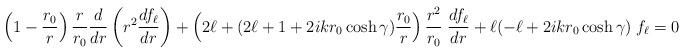
LaTeX: \begin{align*}\left( 1-{r_0\over r} \right) {r\over r_0} {d\over dr} \left( r^2 {df_\ell\over dr} \right)+ \left( 2\ell + (2\ell+1+2ikr_0\cosh\gamma) {r_0\over r}\right) {r^2\over r_0} \; {df_\ell\over dr} + \ell (-\ell + 2ikr_0\cosh\gamma) \; f_\ell = 0\end{align*}